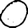
Digit: 0